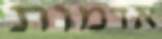
אדמות